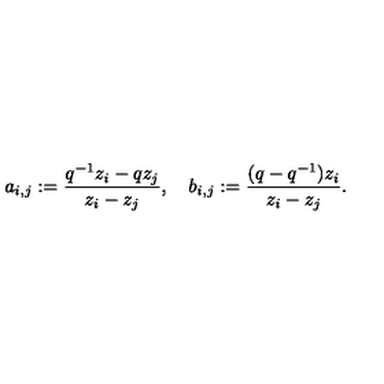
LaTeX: a _ { i , j } : = \frac { q ^ { - 1 } z _ { i } - q z _ { j } } { z _ { i } - z _ { j } } , \quad b _ { i , j } : = \frac { ( q - q ^ { - 1 } ) z _ { i } } { z _ { i } - z _ { j } } .